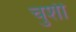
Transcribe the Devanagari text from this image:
चुशी